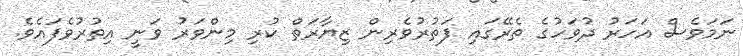
ނަމަވެސް އަހަރު ދުވަހުގެ ތެރޭގައި ފަތުރުވެރިން ޒިޔާރަތް ކުރި މިންވަރު ވަނީ އިތުރުވެފައެވެ.